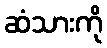
ဆံသားကို